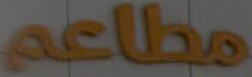
مطاعه